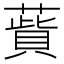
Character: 𦺱